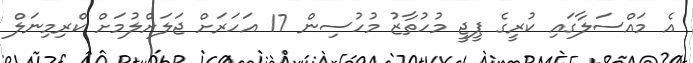
އެ މައްސަލާގައި ކުރީގެ ޕީޖީ މުހުތާޒު މުހުސިން 17 އަހަރަށް ޖަލަށްލުމަށް ކްރިމިނަލް